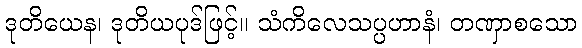
ဒုတိယေန၊ ဒုတိယပုဒ်ဖြင့်။ သံကိလေသပ္ပဟာနံ၊ တဏှာစသော